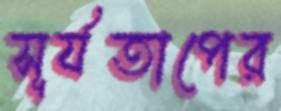
সূর্যতাপের